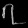
Digit: ၇